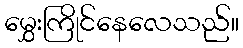
မွှေးကြိုင်နေလေသည်။